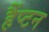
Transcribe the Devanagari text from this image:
हैंप्टन